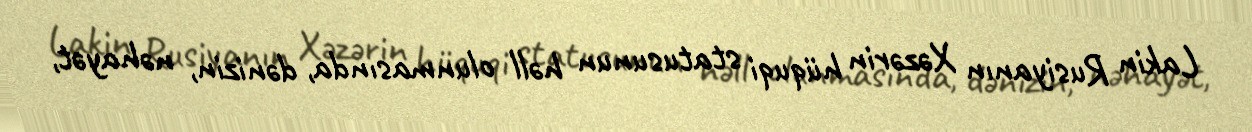
Lakin Rusiyanın Xəzərin hüquqi statusunun həll olunmasında, dənizin, nəhayət,